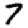
Digit: 7